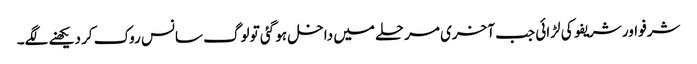
شرفو اور شریفو کی لڑائی جب آخری مرحلے میں داخل ہو گئی تو لوگ سانس روک کر دیکھنے لگے۔